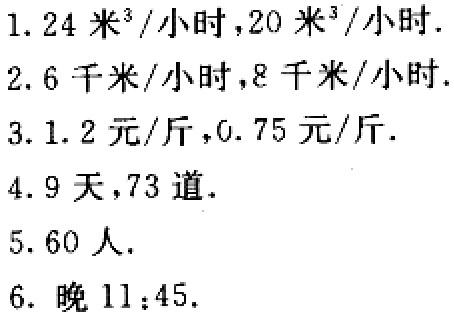
1. \(24\)米\(^{3}/\)小时，\(20\)米\(^{3}/\)小时.

2. \(6\)千米/小时，\(8\)千米/小时.

3. \(1.2\)元/斤，\(0.75\)元/斤.

4. \(9\)天，\(73\)道.

5. \(60\)人.

6. 晚 \(11:45\).